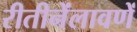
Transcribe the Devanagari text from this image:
रीतीनेंलावणें